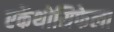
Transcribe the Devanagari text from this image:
एकेंथोसिफेला